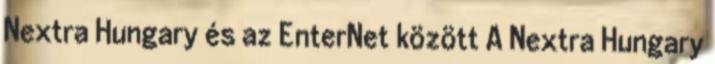
Nextra Hungary és az EnterNet között A Nextra Hungary